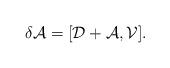
LaTeX: \begin{align*}\delta \mathcal{A}=[\mathcal{D}+\mathcal{A} , \mathcal{V} ]. \end{align*}